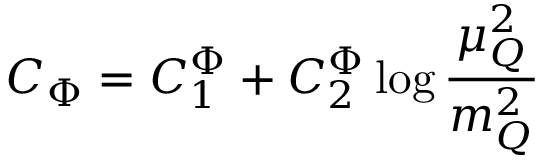
C _ { \Phi } = C _ { 1 } ^ { \Phi } + C _ { 2 } ^ { \Phi } \log \frac { \mu _ { Q } ^ { 2 } } { m _ { Q } ^ { 2 } }